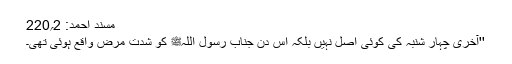
مسند احمد: 2؍220
''آخری چہار شنبہ کی کوئی اصل نہیں بلکہ اس دن جناب رسول اللہﷺ کو شدتِ مرض واقع ہوئی تھی۔